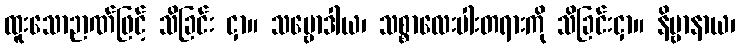
ထူးသောဉာဏ်ဖြင့် သိခြင်း ငှာ။ သမ္ဗောဒါယ၊ သစ္စာလေးပါးတရားကို သိခြင်းငှာ။ နိဗ္ဗာနာယ၊